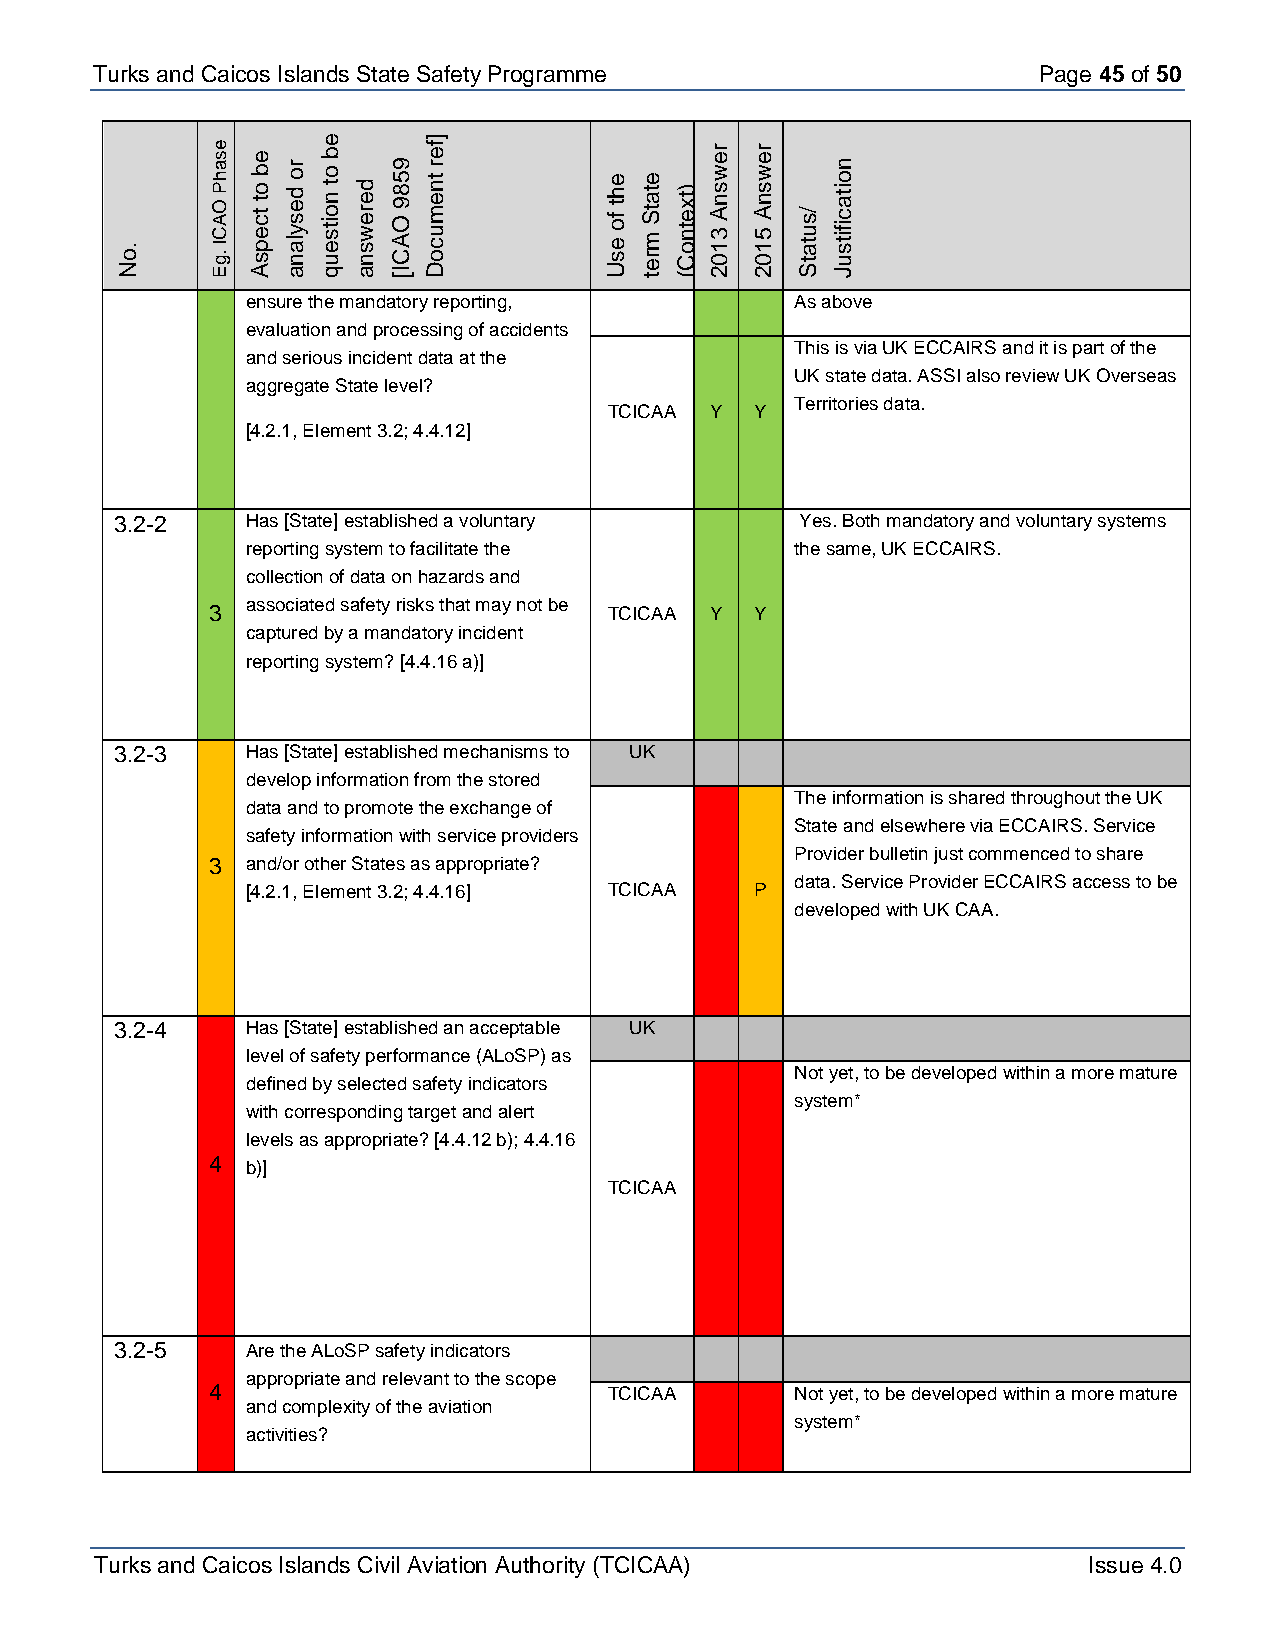
Turks and Caicos Is lands State Safety Programme               Page 45 of 50
 . o N e s a h P O A C I .g E e b o t t c e p s A r o d e s y la n a
 e
 b o t n o it s e u q d e r e w s n a 9 5 8 9 O A C I [
 ]
 fe r t n e m u c o D e h t f o e s U e t a tS m r e t ) tx e t n o C ( r e w s n A 3 1 0 2 A e 5w 1 0s 2nr /s u t a t S n o it a c if it s u J
 ensure the mandatory reporting,      As above
 evaluation and processing of accidents
 This is via UK ECCAIRS and it is part of the
 and serious incident data at the
 UK state data. ASSI also review UK Overseas
 aggregate State level?
 Territories data.
 TCICAA Y  Y
 [4.2.1, Element 3.2; 4.4.12]
 3.2-2   Has [State] established a voluntary  Yes. Both mandatory and voluntary systems
 reporting system to facilitate the   the same, UK ECCAIRS.
 collection of data on hazards and
 3 associated safety risks that may not be TCICAA Y Y
 captured by a mandatory incident
 reporting system? [4.4.16 a)]
 3.2-3   Has [State] established mechanisms to UK
 develop information from the stored
 The information is shared throughout the UK
 data and to promote the exchange of
 State and elsewhere via ECCAIRS. Service
 safety information with service providers
 Provider bulletin just commenced to share
 3 and/or other States as appropriate?
 data. Service Provider ECCAIRS access to be
 [4.2.1, Element 3.2; 4.4.16] TCICAA N P
 developed with UK CAA.
 3.2-4   Has [State] established an acceptable UK
 level of safety performance (ALoSP) as
 Not yet, to be developed within a more mature
 defined by selected safety indicators
 system*
 with corresponding target and alert
 levels as appropriate? [4.4.12 b); 4.4.16
 4 b)]
 TCICAA N  N
 3.2-5   Are the ALoSP safety indicators
 appropriate and relevant to the scope
 4                         TCICAA       Not yet, to be developed within a more mature
 and complexity of the aviation
 N  N  system*
 activities?
 Turks and Caicos Islands Civil Aviation Authority (TCICAA)        Issue 4.0